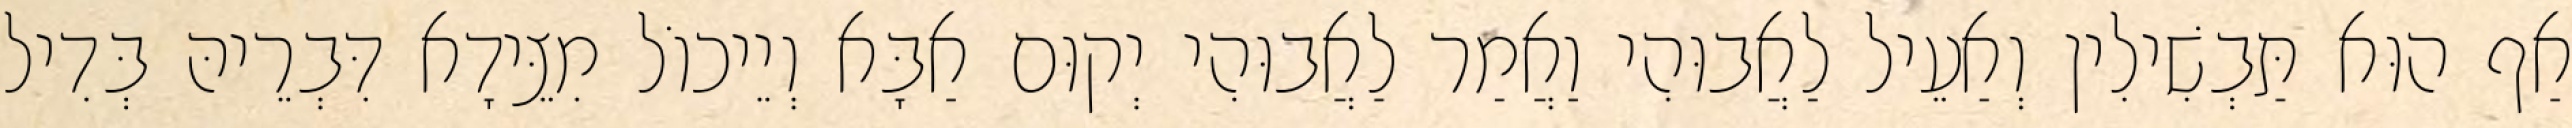
אַף הוּא תַּבְשִׁילִין וְאַעֵיל לַאֲבוּהִי וַאֲמַר לַאֲבוּהִי יְקוּם אַבָּא וְיֵיכוֹל מִצֵּידָא דִּבְרֵיהּ בְּדִיל